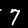
Digit: 7